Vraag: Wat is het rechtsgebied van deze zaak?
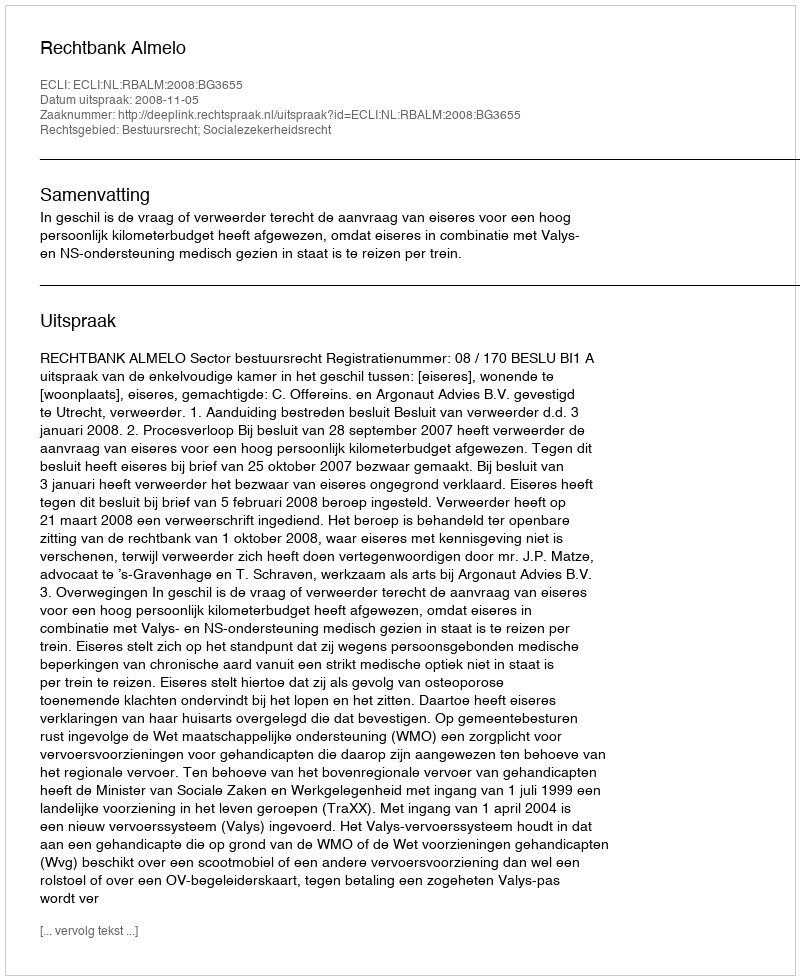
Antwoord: Bestuursrecht; Socialezekerheidsrecht